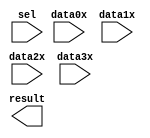
module mux41 (
	data0x,
	data1x,
	data2x,
	data3x,
	sel,
	result);

	input	[3:0]  data0x;
	input	[3:0]  data1x;
	input	[3:0]  data2x;
	input	[3:0]  data3x;
	input	[1:0]  sel;
	output	[3:0]  result;

endmodule